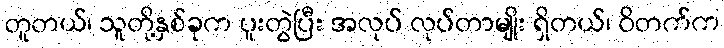
တူတယ်၊ သူတို့နှစ်ခုက ပူးတွဲပြီး အလုပ် လုပ်တာမျိုး ရှိတယ်၊ ဝိတက်က